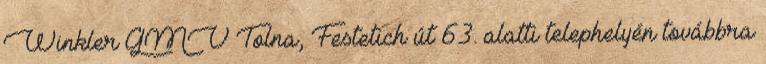
Winkler GMV Tolna, Festetich út 63. alatti telephelyén továbbra